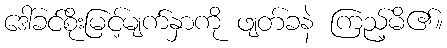
ဒေါ်ခင်စိုးမြင့်မျက်နှာကို ဖျတ်ခနဲ ကြည့်မိ၏။